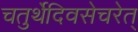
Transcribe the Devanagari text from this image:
चतुर्थेदिवसेचरेत्